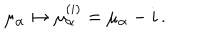
LaTeX: \mu _ { \alpha } \mapsto \mu _ { \alpha } ^ { ( i ) } = \mu _ { \alpha } - i \, .